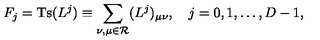
F _ { j } = \mathrm { T s } ( L ^ { j } ) \equiv \sum _ { \nu , \mu \in { \mathcal R } } ( L ^ { j } ) _ { \mu \nu } , \quad j = 0 , 1 , \ldots , D - 1 ,